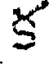
క